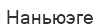
Наньюэге